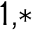
^ { 1 , * }